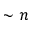
\sim n